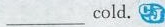
___ cold. CJ